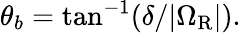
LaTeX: \theta_{b}=\mathrm{tan}^{-1}(\delta/|\Omega_{\mathrm{R}}|).